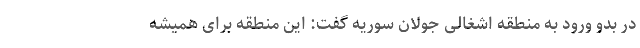
در بدو ورود به منطقه اشغالی جولان سوریه گفت: این منطقه برای همیشه